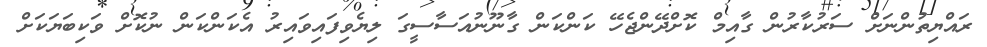
ރައްޔިތުންނަށް ސަރުކާރުން ގާއިމް ކޮށްދޭންޖެހޭ ކަންކަން ގާނޫނުއަސާސީގަ ލިޔެވިފައިވައިރު އެކަންކަން ނުކޮށް ވަކިބަޔަކަށް